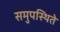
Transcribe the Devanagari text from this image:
समुपस्थिते